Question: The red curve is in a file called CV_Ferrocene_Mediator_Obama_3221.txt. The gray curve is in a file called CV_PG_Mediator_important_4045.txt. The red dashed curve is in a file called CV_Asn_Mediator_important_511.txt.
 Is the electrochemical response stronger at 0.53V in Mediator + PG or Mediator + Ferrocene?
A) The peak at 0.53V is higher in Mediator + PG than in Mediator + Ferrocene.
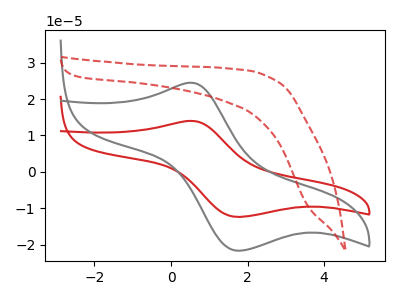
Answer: <think>The red curve "Mediator + Ferrocene" has an anodic peak at (0.55V, 14.00uA) and a cathodic peak at (1.80V, -12.40uA). The gray curve "Mediator + PG" has an anodic peak at (0.55V, 24.50uA) and a cathodic peak at (1.80V, -21.65uA). The red dashed curve "Mediator + Asn" has no peaks.</think>
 <answer>A) The peak at 0.53V is higher in "Mediator + PG" than in "Mediator + Ferrocene".</answer>
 <eval>A</eval>